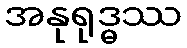
အနုရုဒ္ဓဿ